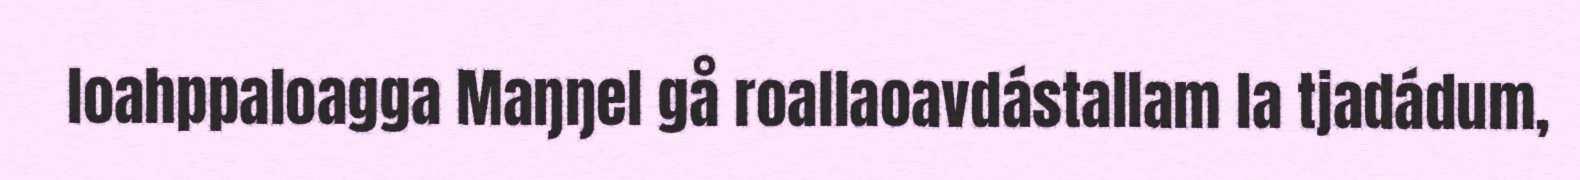
loahppaloagga Maŋŋel gå roallaoavdástallam la tjadádum,